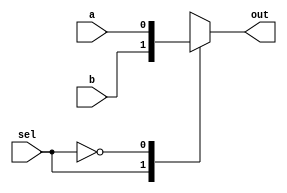
/* The below code contains design for 4*1 mux using 2*1 mux and test bench to check functionality*/
//2*1 mux
module mux_2(
    input a,
    input b,
    output reg out,
    input sel
    );
   //assign out=(~sel&a)|(sel&b);
   always@(*)
   begin
   case (sel)
   1:out=b;
  0:out=a;
   
   endcase
   end
endmodule
//4*1
module mux_4( 
input a,b,c,d,
input  [1:0] sel,
output  out
);
wire w1,w2;
mux_2 m1(a,b,w1,sel[0]);
mux_2 m2(c,d,w2,sel[0]);
mux_2 m3(w1,w2,out,sel[1]);
endmodule
//testbench
module mux_4tb();
reg A,B,C,D;
wire OUT;
reg [1:0] SEL;
mux_4 m1(A,B,C,D,SEL,OUT);
initial 
begin
$monitor("%time A=%d  B=%d  C=%d   D=%d",$time,A,B,C,D);
#200 $finish;
end
always begin 
A=$urandom_range(0,1);
B=$urandom_range(0,1);
C=$urandom_range(0,1);
D=$urandom_range(0,1);
SEL=$urandom_range(0,3);
#10;
end
endmodule